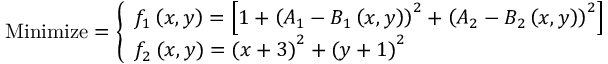
{ \mathrm { M i n i m i z e } } = { \left\{ \begin{array} { l l } { f _ { 1 } \left( x , y \right) = \left[ 1 + \left( A _ { 1 } - B _ { 1 } \left( x , y \right) \right) ^ { 2 } + \left( A _ { 2 } - B _ { 2 } \left( x , y \right) \right) ^ { 2 } \right] } \\ { f _ { 2 } \left( x , y \right) = \left( x + 3 \right) ^ { 2 } + \left( y + 1 \right) ^ { 2 } } \end{array} \right. }